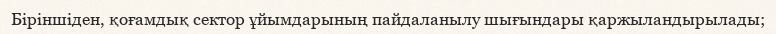
Біріншіден, қоғамдық сектор ұйымдарының пайдаланылу шығындары қаржыландырылады;